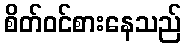
စိတ်ဝင်စားနေသည်